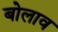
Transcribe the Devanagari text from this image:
बोलाव